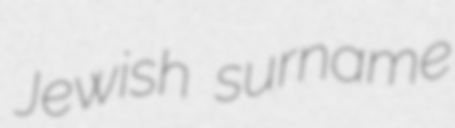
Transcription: Jewish surname